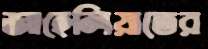
জাহেলিয়াতের